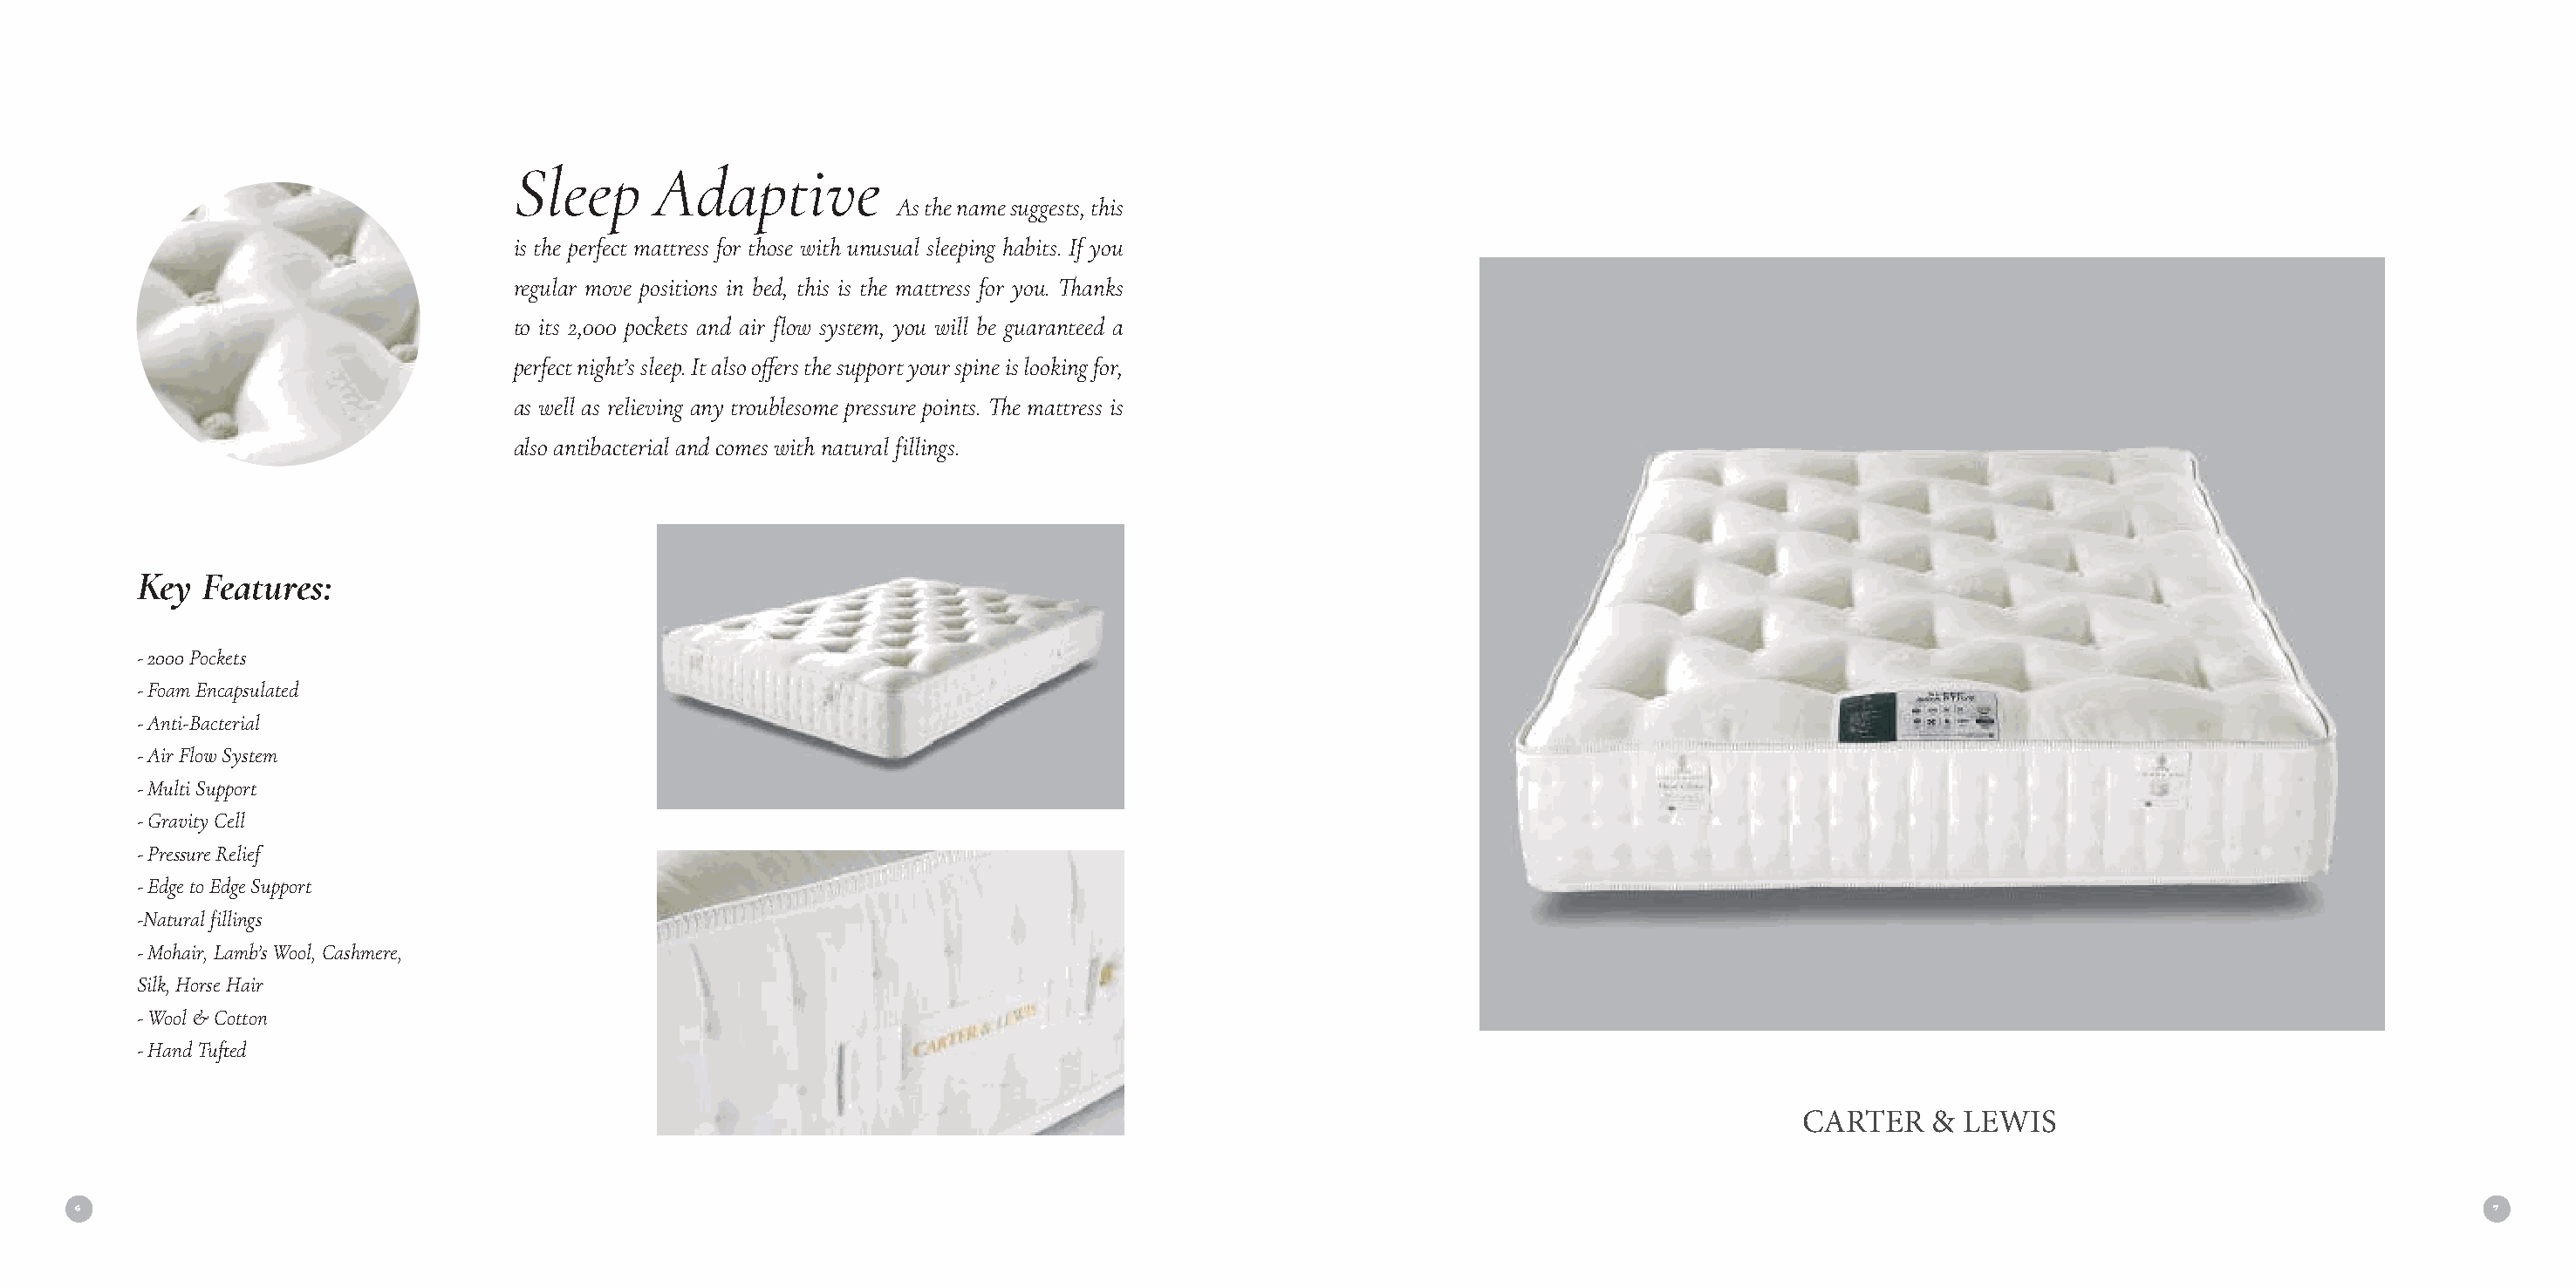
Sleep      Adaptive
 As the name suggests, this
 is the perfect mattress for those with unusual sleeping habits. If you
 regular move positions in bed, this is the mattress for you. Thanks
 to its 2,000 pockets and air flow system, you will be guaranteed a
 perfect night’s sleep. It also offers the support your spine is looking for,
 as well as relieving any troublesome pressure points. The mattress is
 also antibacterial and comes with natural fillings.
 Key  Features:
 - 2000 Pockets
 - Foam Encapsulated
 - Anti-Bacterial
 - Air Flow System
 - Multi Support
 - Gravity Cell
 - Pressure Relief
 - Edge to Edge Support
 -Natural fillings
 - Mohair, Lamb’s Wool, Cashmere,
 Silk, Horse Hair
 - Wool & Cotton
 - Hand Tufted
 CARTER    & LEWIS
 6                                                                                                                                                                                      7